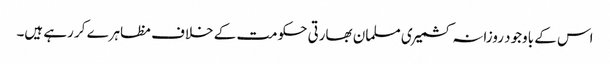
اس کے باوجود روزانہ کشمیری مسلمان بھارتی حکومت کے خلاف مظاہرے کر رہے ہیں۔